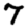
Digit: 7